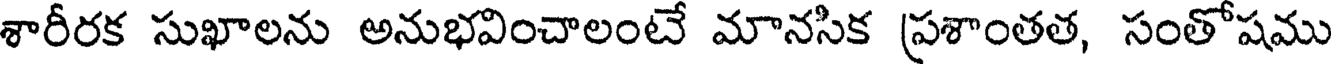
శారీరక సుఖాలను అనుభవించాలంటే మానసిక ప్రశాంతత, సంతోషము